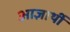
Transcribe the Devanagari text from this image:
आज्ञार्थी